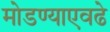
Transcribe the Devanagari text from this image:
मोडण्याएवढे